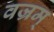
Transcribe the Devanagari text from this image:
वज्रम्